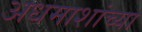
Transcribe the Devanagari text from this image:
अधमाशांच्या